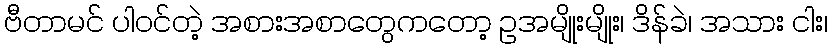
ဗီတာမင် ပါဝင်တဲ့ အစားအစာတွေကတော့ ဥအမျိုးမျိုး၊ ဒိန်ခဲ၊ အသား ငါး၊